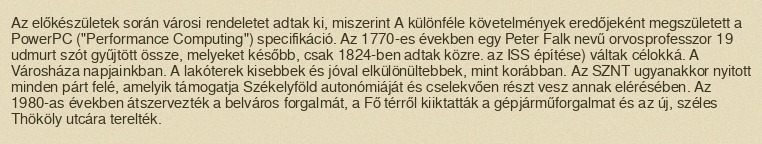
Az előkészületek során városi rendeletet adtak ki, miszerint A különféle követelmények eredőjeként megszületett a PowerPC ("Performance Computing") specifikáció. Az 1770-es években egy Peter Falk nevű orvosprofesszor 19 udmurt szót gyűjtött össze, melyeket később, csak 1824-ben adtak közre. az ISS építése) váltak célokká. A Városháza napjainkban. A lakóterek kisebbek és jóval elkülönültebbek, mint korábban. Az SZNT ugyanakkor nyitott minden párt felé, amelyik támogatja Székelyföld autonómiáját és cselekvően részt vesz annak elérésében. Az 1980-as években átszervezték a belváros forgalmát, a Fő térről kiiktatták a gépjárműforgalmat és az új, széles Thököly utcára terelték.